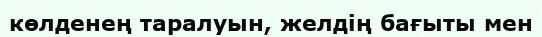
көлденең таралуын, желдің бағыты мен